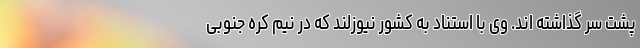
پشت سر گذاشته اند. وی با استناد به کشور نیوزلند که در نیم کره جنوبی